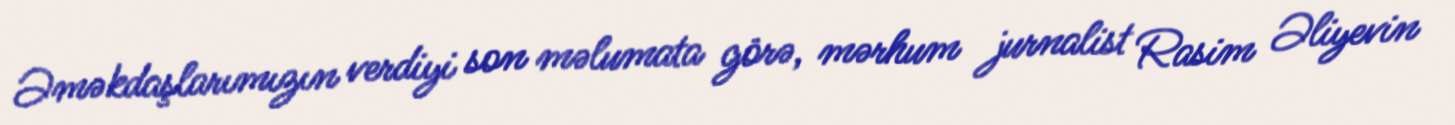
Əməkdaşlarımızın verdiyi son məlumata görə, mərhum jurnalist Rasim Əliyevin